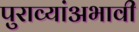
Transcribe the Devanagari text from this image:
पुराव्यांअभावी